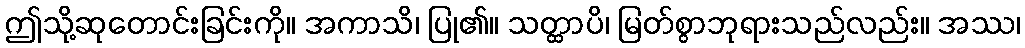
ဤသို့ဆုတောင်းခြင်းကို။ အကာသိ၊ ပြု၏။ သတ္ထာပိ၊ မြတ်စွာဘုရားသည်လည်း။ အဿ၊